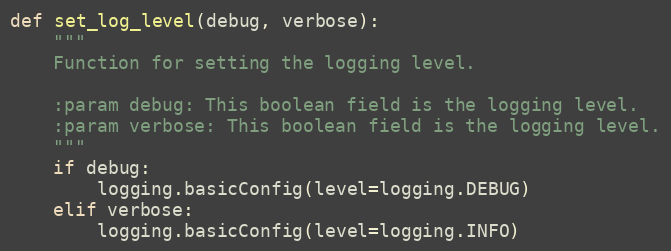
Language: Python
def set_log_level(debug, verbose):
    """
    Function for setting the logging level.

    :param debug: This boolean field is the logging level.
    :param verbose: This boolean field is the logging level.
    """
    if debug:
        logging.basicConfig(level=logging.DEBUG)
    elif verbose:
        logging.basicConfig(level=logging.INFO)